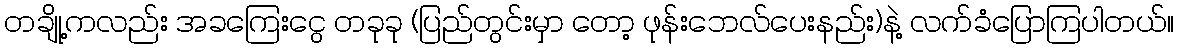
တချို့ကလည်း အခကြေးငွေ တခုခု (ပြည်တွင်းမှာ တော့ ဖုန်းဘေလ်ပေးနည်း)နဲ့ လက်ခံပြောကြပါတယ်။